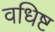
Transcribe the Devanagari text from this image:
वधिष्ट